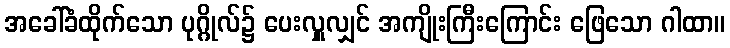
အခေါ်ခံထိုက်သော ပုဂ္ဂိုလ်၌ ပေးလှူလျှင် အကျိုးကြီးကြောင်း ဖြေသော ဂါထာ။